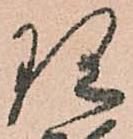
理